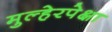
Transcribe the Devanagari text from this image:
मुल्हेरपेक्षा